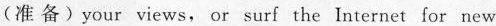
(准备)your views, or surf the Internet for new